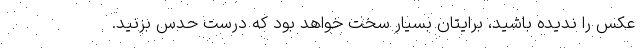
عکس را ندیده باشید، برایتان بسیار سخت خواهد بود که درست حدس بزنید.